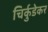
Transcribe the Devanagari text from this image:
चिर्कुडेकर